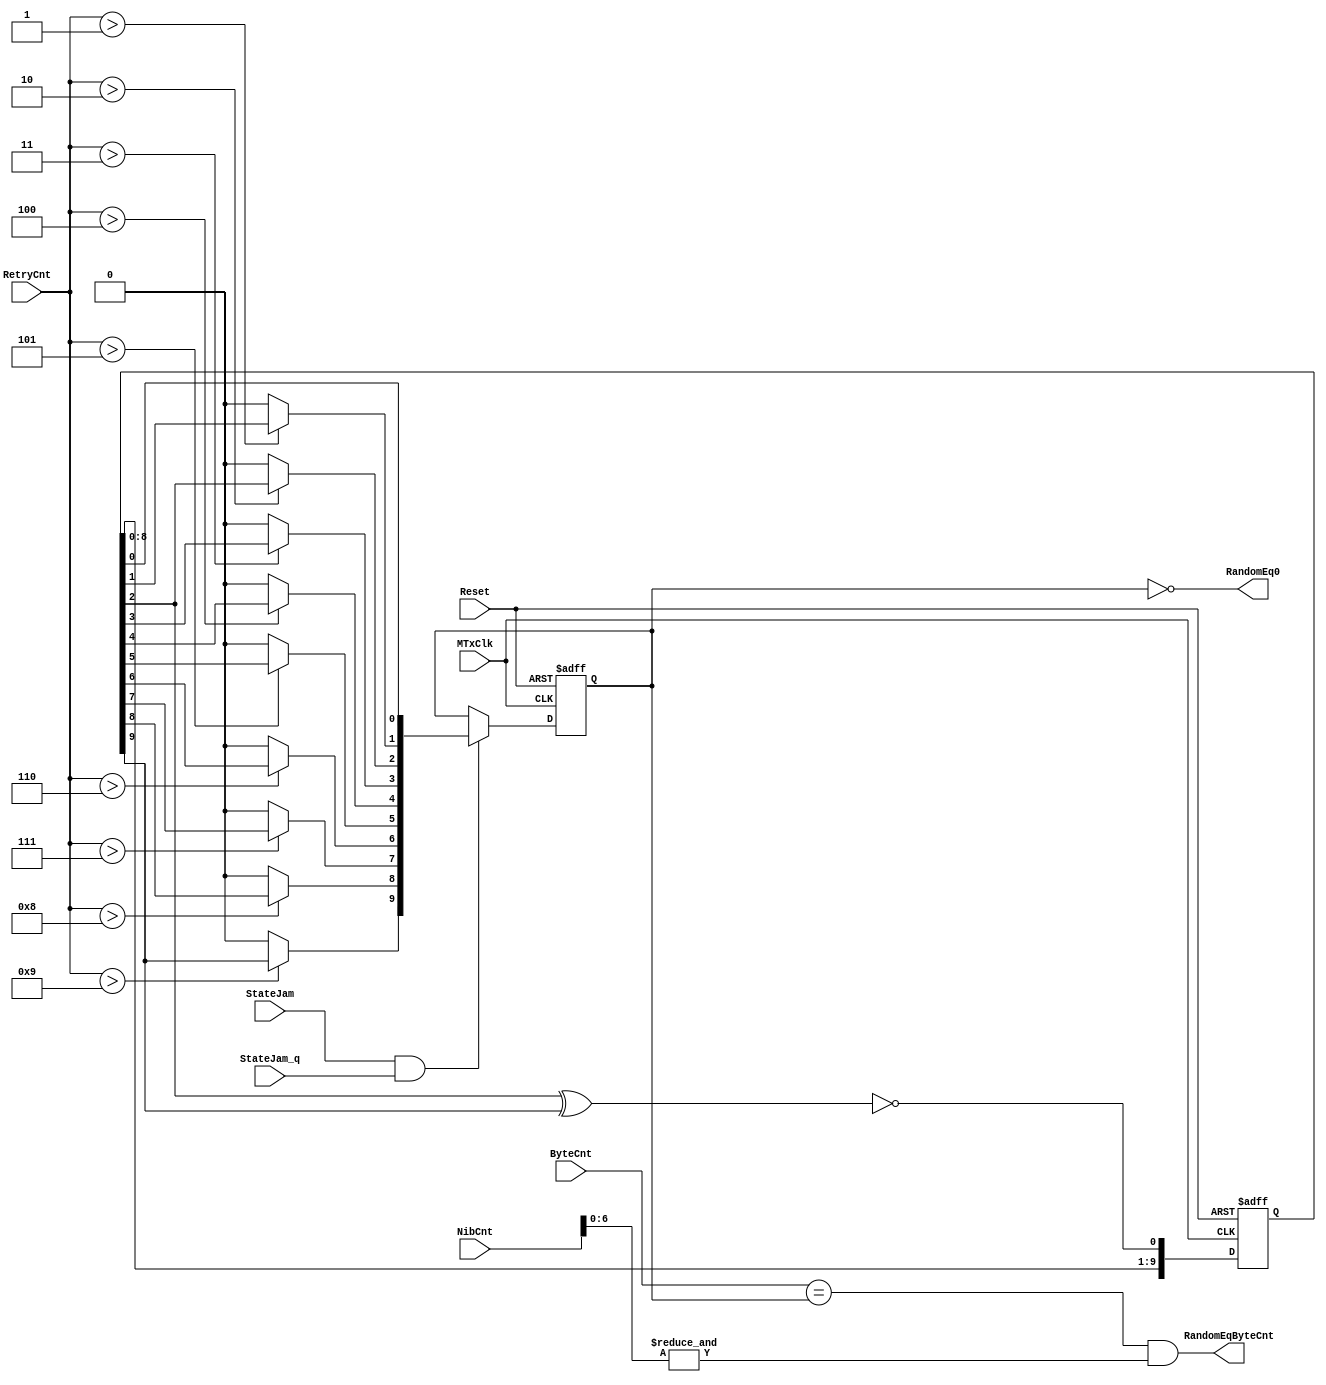
module eth_random_1 (MTxClk, Reset, StateJam, StateJam_q, RetryCnt, NibCnt, ByteCnt, 
                   RandomEq0, RandomEqByteCnt);
input MTxClk;
input Reset;
input StateJam;
input StateJam_q;
input [3:0] RetryCnt;
input [15:0] NibCnt;
input [9:0] ByteCnt;
output RandomEq0;
output RandomEqByteCnt;
wire Feedback;
reg [9:0] x;
wire [9:0] Random;
reg  [9:0] RandomLatched;
always @ (posedge MTxClk or posedge Reset)
begin
  if(Reset)
    x[9:0] <=  0;
  else
    x[9:0] <=  {x[8:0], Feedback};
end
assign Feedback = ~(x[2] ^ x[9]);
assign Random [0] = x[0];
assign Random [1] = (RetryCnt > 1) ? x[1] : 1'b0;
assign Random [2] = (RetryCnt > 2) ? x[2] : 1'b0;
assign Random [3] = (RetryCnt > 3) ? x[3] : 1'b0;
assign Random [4] = (RetryCnt > 4) ? x[4] : 1'b0;
assign Random [5] = (RetryCnt > 5) ? x[5] : 1'b0;
assign Random [6] = (RetryCnt > 6) ? x[6] : 1'b0;
assign Random [7] = (RetryCnt > 7) ? x[7] : 1'b0;
assign Random [8] = (RetryCnt > 8) ? x[8] : 1'b0;
assign Random [9] = (RetryCnt > 9) ? x[9] : 1'b0;
always @ (posedge MTxClk or posedge Reset)
begin
  if(Reset)
    RandomLatched <=  10'h000;
  else
    begin
      if(StateJam & StateJam_q)
        RandomLatched <=  Random;
    end
end
assign RandomEq0 = RandomLatched == 10'h0; 
assign RandomEqByteCnt = ByteCnt[9:0] == RandomLatched & (&NibCnt[6:0]);
endmodule